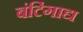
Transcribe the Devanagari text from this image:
बंटिंगाद्य